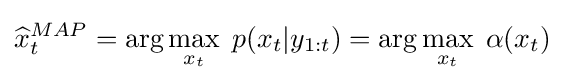
{\widehat {x}}_{t}^{MAP}=\arg \max _{x_{t}}\;p(x_{t}|y_{1:t})=\arg \max _{x_{t}}\;\alpha (x_{t})